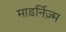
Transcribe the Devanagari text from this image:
माडर्निज़्म